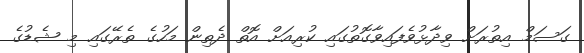
ގަސަމް އިތުރަށް ވިދާޅުވެފައިވާގޮތުގައި ކުރިއަށް އޮތް ދެތިން މަހުގެ ތެރޭގައި މި ޝެޑުގެ